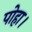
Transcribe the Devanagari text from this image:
पोहा।